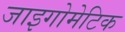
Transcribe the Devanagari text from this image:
जाइगोमेटिक